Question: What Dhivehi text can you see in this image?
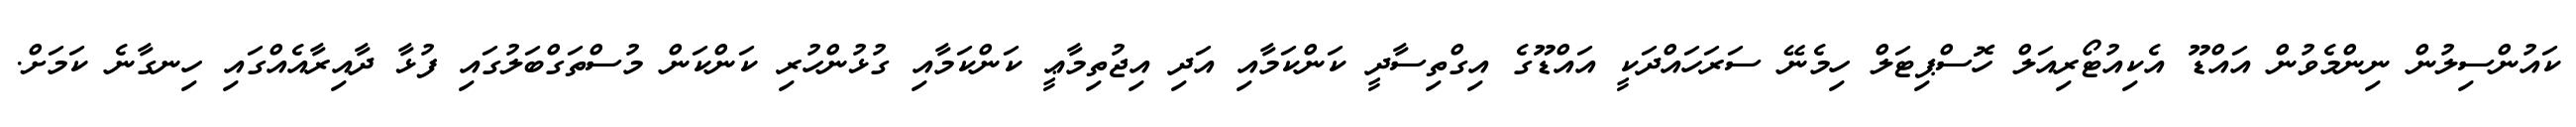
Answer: ކައުންސިލުން ނިންމެވުން އައްޑޫ އެކިއުޓޯރިއަލް ހޮސްޕިޓަލް ހިމެނޭ ސަރަހައްދަކީ އައްޑޫގެ އިގްތިސާދީ ކަންކަމާއި އަދި އިޖުތިމާޢީ ކަންކަމާއި ގުޅުންހުރި ކަންކަން މުސްތަގްބަލުގައި ފުޅާ ދާއިރާއެއްގައި ހިނގާނެ ކަމަށް.